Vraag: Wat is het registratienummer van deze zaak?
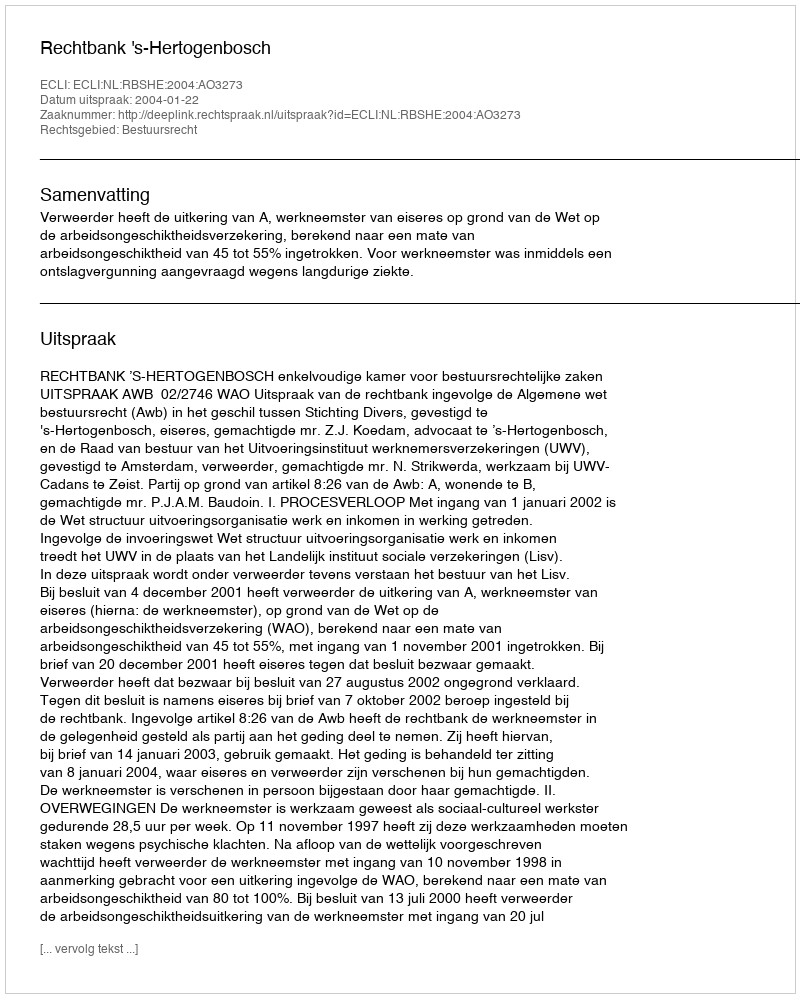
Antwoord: http://deeplink.rechtspraak.nl/uitspraak?id=ECLI:NL:RBSHE:2004:AO3273